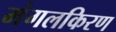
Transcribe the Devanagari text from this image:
मंगलकिरण